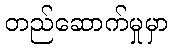
တည်ဆောက်မှုမှာ